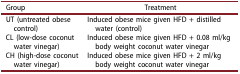
<table><thead><tr><td><b>Group</b></td><td><b>Treatment</b></td></tr></thead><tbody><tr><td>UT (untreated obese control)</td><td>Induced obese mice given HFD + distilled water (control)</td></tr><tr><td>CL (low-dose coconut water vinegar)</td><td>Induced obese mice given HFD + 0.08 ml/kg body weight coconut water vinegar</td></tr><tr><td>CH (high-dose coconut water vinegar)</td><td>Induced obese mice given HFD + 2 ml/kg body weight coconut water vinegar</td></tr></tbody></table>